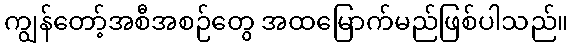
ကျွန်တော့်အစီအစဉ်တွေ အထမြောက်မည်ဖြစ်ပါသည်။